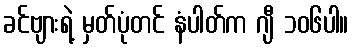
ခင်ဗျားရဲ့ မှတ်ပုံတင် နံပါတ်က ဂျီ ၁၀၆ပါ။